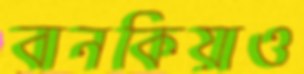
বানকিয়াও